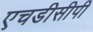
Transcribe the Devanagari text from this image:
एचडीसीपी